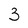
Character: 3